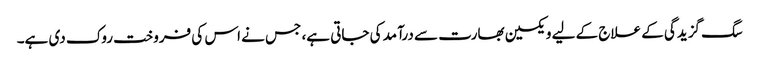
سگ گزیدگی کے علاج کے لیے ویکسین بھارت سے درآمد کی جاتی ہے، جس نے اس کی فروخت روک دی ہے۔